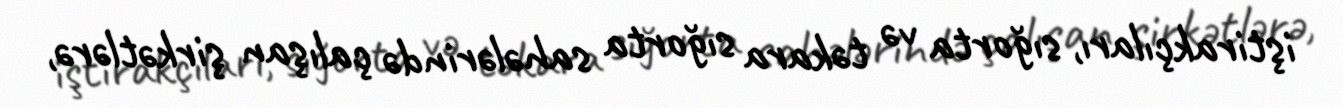
iştirakçıları, sığorta və təkara sığorta sahələrində çalışan şirkətlərə,